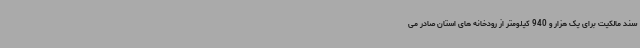
سند مالکیت برای یک هزار و 940 کیلومتر از رودخانه های استان صادر می